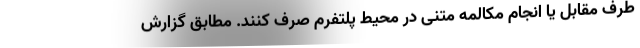
طرف مقابل یا انجام مکالمه متنی در محیط پلتفرم صرف کنند. مطابق گزارش